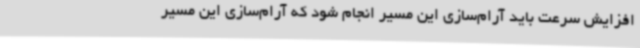
افزایش سرعت باید آرام‌سازی این مسیر انجام شود که آرام‌سازی این مسیر